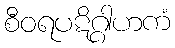
စီဝရပဋိဂ္ဂါဟကံ